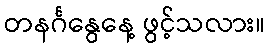
တနင်္ဂနွေနေ့ ဖွင့်သလား။